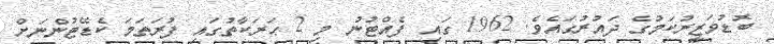
ބޮޑުވަޒީރުކަމުގެ ދައުރުގައެވެ. 1962 ގައި ފެއްޓުނު މި 2 ޙަރަކާތުގައި ފުރަތަމަ ކެޑޭޓުންނަށް